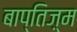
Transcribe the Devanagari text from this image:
बाप्तिज़्म